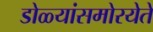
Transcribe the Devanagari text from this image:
डोळ्यांसमोरयेते